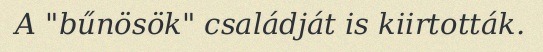
A "bűnösök" családját is kiirtották.